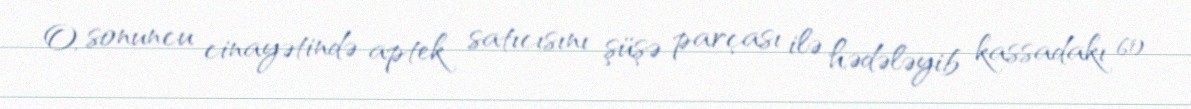
O, sonuncu cinayətində aptek satıcısını şüşə parçası ilə hədələyib kassadakı 60